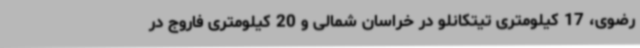
رضوی، 17 کیلومتری تیتکانلو در خراسان شمالی و 20 کیلومتری فاروج در